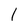
Character: I